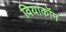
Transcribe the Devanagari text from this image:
वियाकॉम